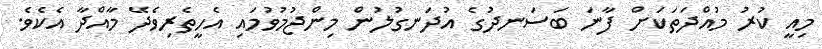
މިއީ ކުރު މުއްދަތަކަށް ފާނަ ބަސަނދުގެ އުދަނގުލުން މިންޖުމުވުމައި އެހީތެރިވެދޭ މާއްދާ އެކެވެ.